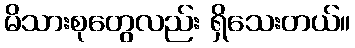
မိသားစုတွေလည်း ရှိသေးတယ်။